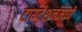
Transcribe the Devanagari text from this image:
टायट्रेशनमध्ये